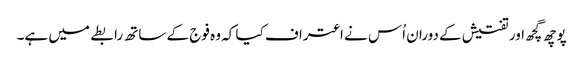
پوچھ گچھ اور تفتیش کے دوران اُس نے اعتراف کیا کہ وہ فوج کے ساتھ رابطے میں ہے۔